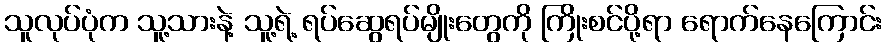
သူလုပ်ပုံက သူ့သားနဲ့ သူ့ရဲ့ ရပ်ဆွေရပ်မျိုးတွေကို ကြိုးစင်ပို့ရာ ရောက်နေကြောင်း